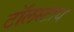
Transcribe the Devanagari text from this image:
टॉलस्टाय